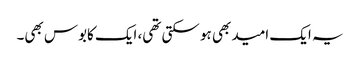
یہ ایک امید بھی ہو سکتی تھی، ایک کابوس بھی۔